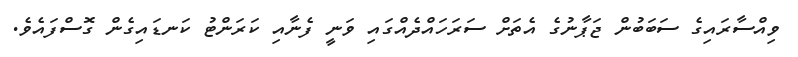
ވިއްސާރައިގެ ސަބަބުން ޖަޕާނުގެ އެތަށް ސަރަހައްދެއްގައި ވަނީ ފެނާއި ކަރަންޓު ކަނޑައިގެން ގޮސްފައެވެ.